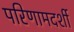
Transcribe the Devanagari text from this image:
परिणामदर्शी